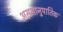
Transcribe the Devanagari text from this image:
असमानुपातिक